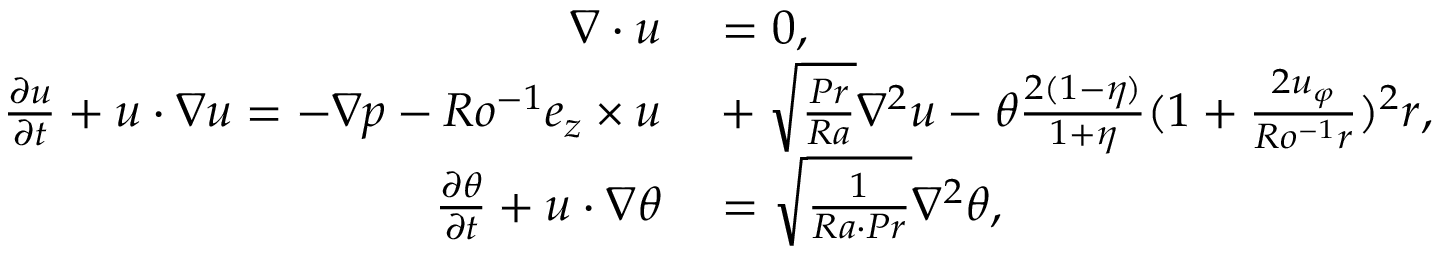
\begin{array} { r l } { \boldsymbol { \nabla } \cdot \boldsymbol { u } } & { { } = 0 , } \\ { \frac { \partial \boldsymbol { u } } { \partial t } + \boldsymbol { u } \cdot \boldsymbol { \nabla u } = - \boldsymbol { \nabla } p - R o ^ { - 1 } \boldsymbol { e _ { z } } \times \boldsymbol { u } } & { { } + \sqrt { \frac { P r } { R a } } \nabla ^ { 2 } \boldsymbol { u } - \theta \frac { 2 ( 1 - \eta ) } { 1 + \eta } ( 1 + \frac { 2 u _ { \varphi } } { R o ^ { - 1 } r } ) ^ { 2 } \boldsymbol { r } , } \\ { \frac { \partial \theta } { \partial t } + \boldsymbol { u } \cdot \boldsymbol { \nabla } \theta } & { { } = \sqrt { \frac { 1 } { R a \cdot P r } } \nabla ^ { 2 } \theta , } \end{array}